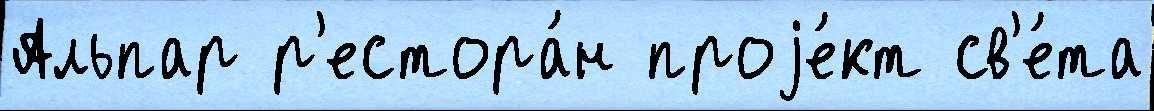
Альпар р'естора́н проjе́кт св'е́та